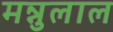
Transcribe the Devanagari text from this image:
मन्नुलाल